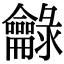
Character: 龣